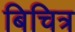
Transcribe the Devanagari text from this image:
बिचित्र